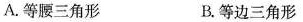
A.等腰三角形 B.等边三角形